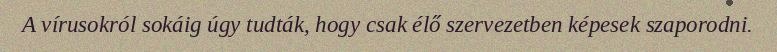
A vírusokról sokáig úgy tudták, hogy csak élő szervezetben képesek szaporodni.